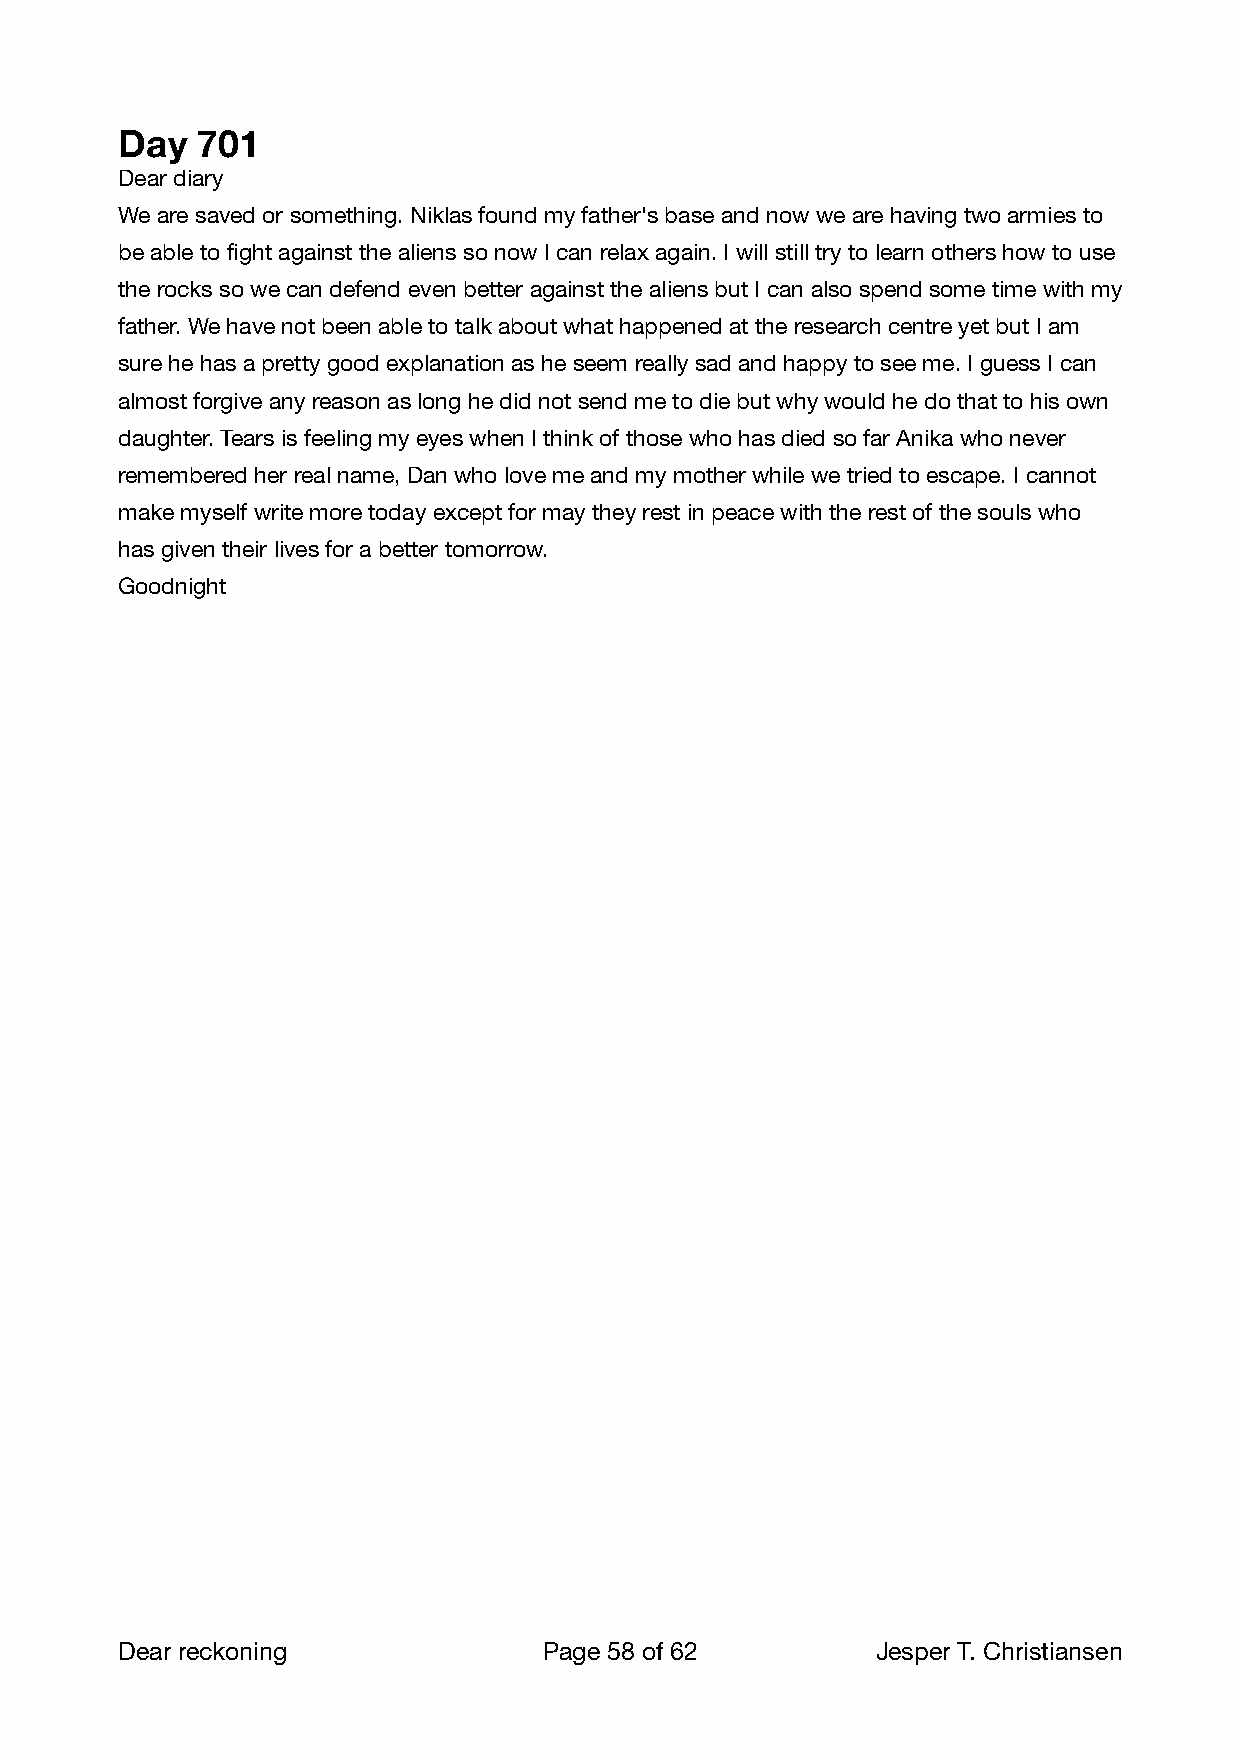
Day  701
 Dear diary
 We are saved or something. Niklas found my father's base and now we are having two armies to
 be able to fight against the aliens so now I can relax again. I will still try to learn others how to use
 the rocks so we can defend even better against the aliens but I can also spend some time with my
 father. We have not been able to talk about what happened at the research centre yet but I am
 sure he has a pretty good explanation as he seem really sad and happy to see me. I guess I can
 almost forgive any reason as long he did not send me to die but why would he do that to his own
 daughter. Tears is feeling my eyes when I think of those who has died so far Anika who never
 remembered her real name, Dan who love me and my mother while we tried to escape. I cannot
 make myself write more today except for may they rest in peace with the rest of the souls who
 has given their lives for a better tomorrow.
 Goodnight
 Dear reckoning              Page 58 of 62        Jesper T. Christiansen